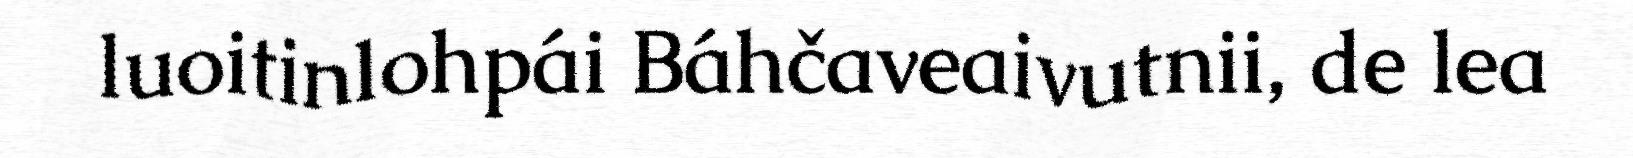
luoitinlohpái Báhčaveaivutnii, de lea